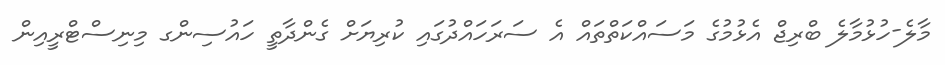
މާލެ-ހުޅުމާލެ ބްރިޖް އެޅުމުގެ މަސައްކަތްތައް އެ ސަރަހައްދުގައި ކުރިޔަށް ގެންދާތީ ހައުސިންގ މިނިސްޓްރީއިން